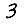
Digit: 3